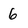
Character: 6